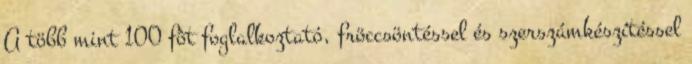
A több mint 100 fôt foglalkoztató, fröccsöntéssel és szerszámkészítéssel